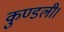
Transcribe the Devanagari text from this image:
कुण्डली।